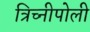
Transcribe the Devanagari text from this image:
त्रिच्नीपोली